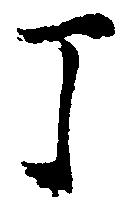
丁